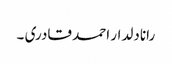
رانا دلدار احمد قادری ۔